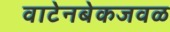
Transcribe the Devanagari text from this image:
वाटेनबेकजवळ